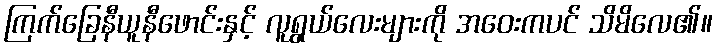
ကြက်ခြေနီယူနီဖောင်းနှင့် လူရွယ်လေးများကို အဝေးကပင် သိမိလေ၏။